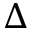
\Delta